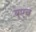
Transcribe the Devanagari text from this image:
यूएच